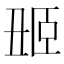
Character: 𬛢